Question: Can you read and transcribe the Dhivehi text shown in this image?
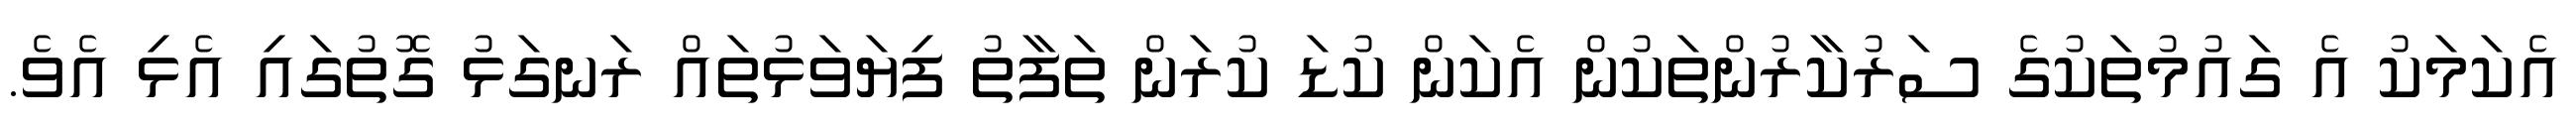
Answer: އެކަމަކު އެ ގައުމުތަކުގެ ސަރުކާރުންތަކުން އެކަން ކުޑަ ކުރަން ތަފާތު ފިޔަވަޅުތައް ރަނގަޅު ގޮތުގައި އެޅި އެވެ.